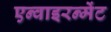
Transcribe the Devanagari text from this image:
एन्वाइरन्मेंट